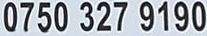
0750 327 9190